Civil Veterinary Department Bihar & Orissa reports 1911-21 - 1911-1921
Year: 1911
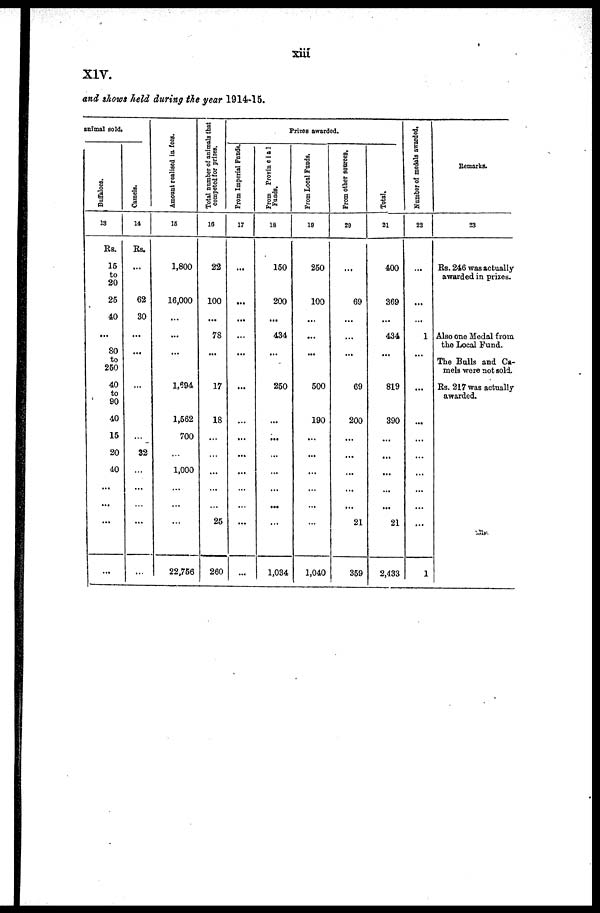
Xiii
XIV.
and shows held during the year 1914-15.
animal sold.
Buffaloes.
13
Rs.
15
to
20
25
40
...
80
to
250
40
to
90
40
15
20
40
...
...
...
…
Camels.
14
Rs.
...
…
62
30
…
…
…
…
...
32
...
...
…
…
...
Amount realised in fees.
16
1,800
…
16,000
...
…
…
…
1,694
1,562
700
...
1,000
...
…
…
22,756
Total number of animals that
competed for prizes.
18
22
…
100
...
78
…
…
17
18
...
…
...
...
...
25
260
Prizes awarded.
Prom Imperial Funds.
17
...
…
...
...
…
…
…
…
...
…
...
...
...
...
...
…
From
Provincial
Funds.
18
150
…
200
...
434
…
250
...
...
...
...
...
...
...
1,034
From Local Funds.
19
250
…
100
...
…
...
500
190
...
...
...
...
...
…
1,040
From other sources.
20
…
…
69
...
…
...
69
200
...
...
...
...
...
21
359
Total.
21
400
…
369
...
434
...
819
390
…
…
…
...
…
21
2,433
Number of medals awarded,
22
…
…
...
...
1
…
…
…
...
...
...
...
...
...
...
1
Remarks.
23
Rs. 246 was actually
awarded in prizes.
Also one Modal from
the Local Fund.
The Bulls and Ca-
mels were not sold.
Rs. 217 was actually
awarded.